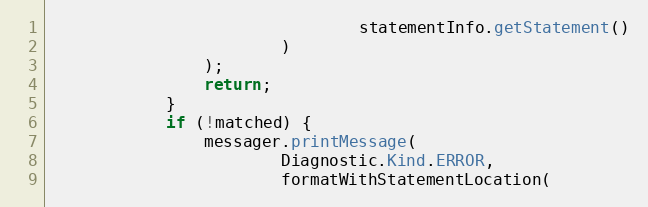
Language: Java
                                statementInfo.getStatement()
                        )
                );
                return;
            }
            if (!matched) {
                messager.printMessage(
                        Diagnostic.Kind.ERROR,
                        formatWithStatementLocation(